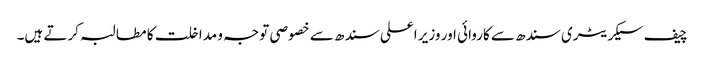
چیف سیکریٹری سندھ سے کاروائی اور وزیر اعلی سندھ سے خصوصی توجہ و مداخلت کا مطالبہ کرتے ہیں۔